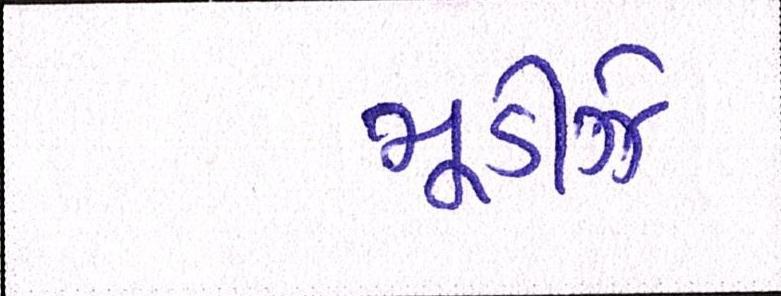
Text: મૂડીઝે